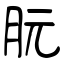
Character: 朊